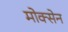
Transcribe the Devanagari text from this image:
मोक्सेन